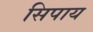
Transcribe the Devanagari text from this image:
सिपाय